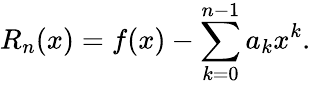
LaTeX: R_{n}(x)=f(x)-\sum_{k=0}^{n-1}a_{k}x^{k}.